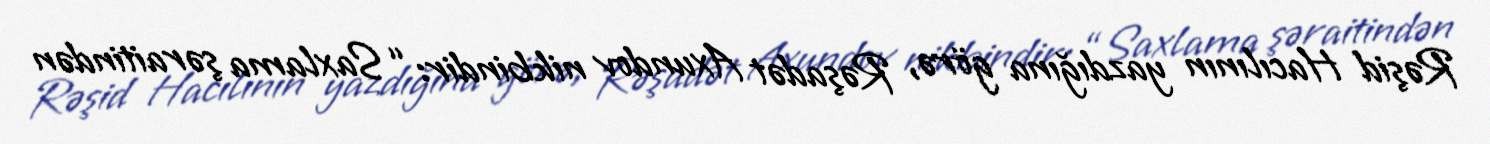
Rəşid Hacılının yazdığına görə, Rəşadət Axundov nikbindir: “Saxlama şəraitindən